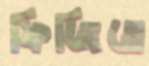
ফিজিতে